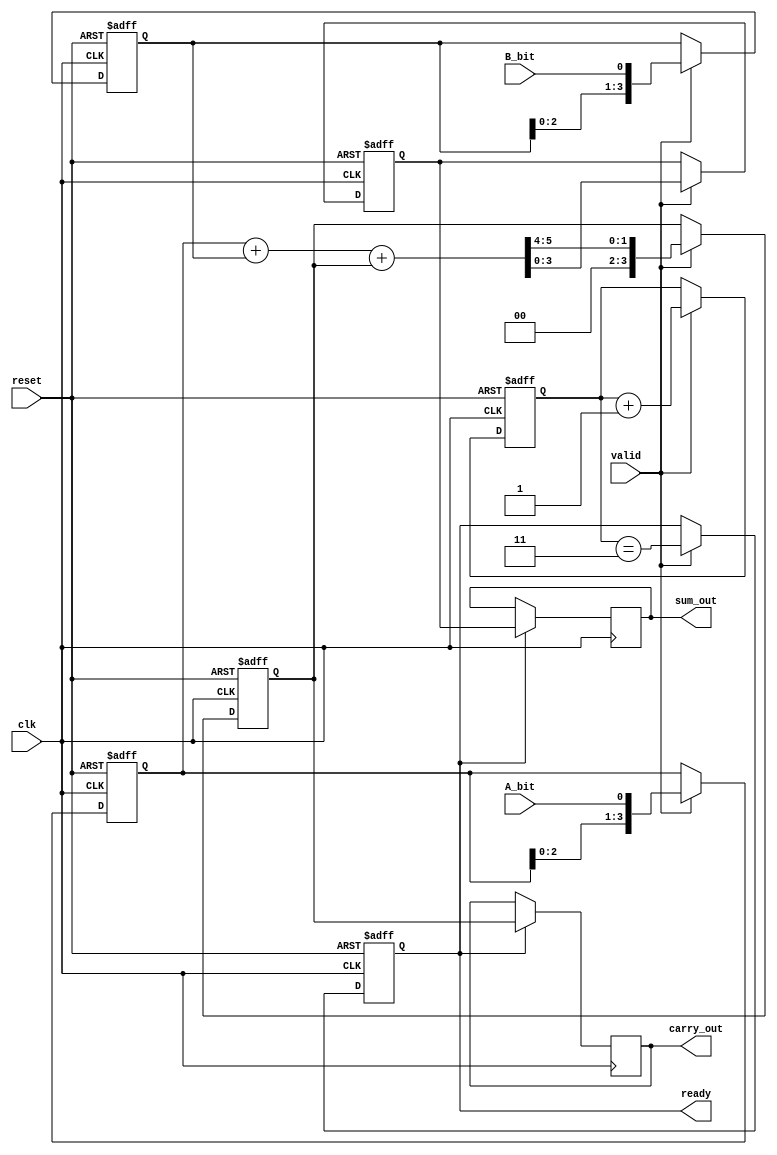
module CarrySaveAdder_serial(
    input clk,
    input reset,
    input valid, // Control signal indicating valid input bits
    input A_bit, // Serial input bit of A
    input B_bit, // Serial input bit of B
    output reg [N-1:0] sum_out, // Final sum output
    output reg [N-1:0] carry_out, // Final carry output
    output reg ready // Indicates when the final output is ready
);
    parameter N = 4; // Define the number of bits in each operand
    
    reg [N-1:0] A_reg; // Shift register for A
    reg [N-1:0] B_reg; // Shift register for B
    reg [N-1:0] S; // Sum register
    reg [N-1:0] C; // Carry register
    reg [2:0] count; // Count the number of bits received

    // Initialize the registers
    always @(posedge clk or posedge reset) begin
        if (reset) begin
            A_reg <= 0;
            B_reg <= 0;
            S <= 0;
            C <= 0;
            count <= 0;
            ready <= 0;
        end else if (valid) begin
            // Shift in the new bits
            A_reg <= {A_reg[N-2:0], A_bit}; // Shift left and add new bit
            B_reg <= {B_reg[N-2:0], B_bit}; // Shift left and add new bit
            
            // Perform the addition using full adder logic
            {C, S} = A_reg + B_reg + C; // Update sum and carry
            count <= count + 1; // Increment count
            ready <= (count == N-1); // Set ready when all bits are received
        end
    end
    
    // Final output logic after all bits are processed
    always @(posedge clk) begin
        if (ready) begin
            sum_out <= S;
            carry_out <= C;
        end
    end
endmodule